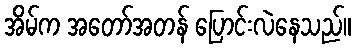
အိမ်က အတော်အတန် ပြောင်းလဲနေသည်။